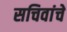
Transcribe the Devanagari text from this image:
सचिवांचे